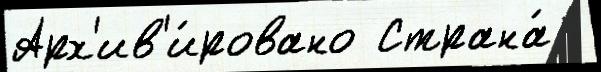
Арх'ив'и́ровано Страна́